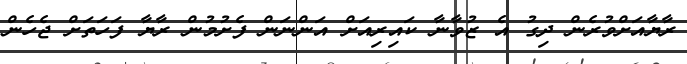
ރާޔާއަށްވުރެން ދިގު އެ ޒުވާނާ ކައިރިއަށް އަންނަން ފެށުމުން ރާޔާ ފަހަތަށް ޖެހެން